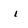
Character: i